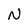
Character: N